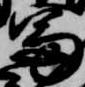
冨